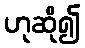
ဟုဆို၍